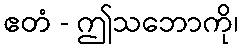
ဧတံ - ဤသဘောကို၊